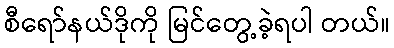
စီရော်နယ်ဒိုကို မြင်တွေ့ခဲ့ရပါ တယ်။